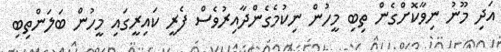
އަދި މޫނު ނިވާކޮށްގެން ތިބި މީހުން ނިކުމެގެންދާއިރުވެސް ފެރީ ކައިރީގައި މީހުން ބަލަންތިބި